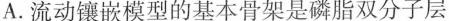
A.流动镶嵌模型的基本骨架是磷脂双分子层